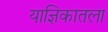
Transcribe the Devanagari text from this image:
याज्ञिकातला